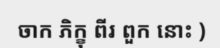
ចាក ភិក្ខុ ពីរ ពួក នោះ )